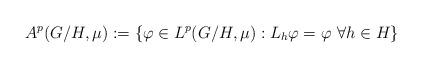
LaTeX: \begin{align*}A^p(G/H,\mu):=\{\varphi\in L^p(G/H,\mu):L_h\varphi=\varphi\ \forall h\in H\}\end{align*}